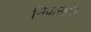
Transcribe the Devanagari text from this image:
निवासादि